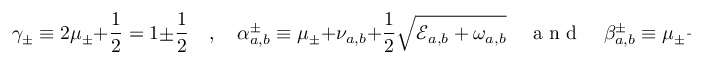
\gamma _ { \pm } \equiv 2 \mu _ { \pm } + \frac { 1 } { 2 } = 1 \pm \frac { 1 } { 2 } \quad , \quad \alpha _ { a , b } ^ { \pm } \equiv \mu _ { \pm } + \nu _ { a , b } + \frac { 1 } { 2 } \sqrt { \mathcal { E } _ { a , b } + \omega _ { a , b } } \quad \mathrm { ~ a ~ n ~ d ~ } \quad \beta _ { a , b } ^ { \pm } \equiv \mu _ { \pm } + \nu _ { a , b } - \frac { 1 } { 2 } \sqrt { \mathcal { E } _ { a , b } + \omega _ { a , b } } \; .